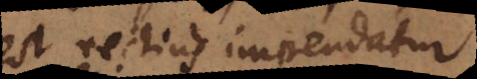
est rectius impendatur.